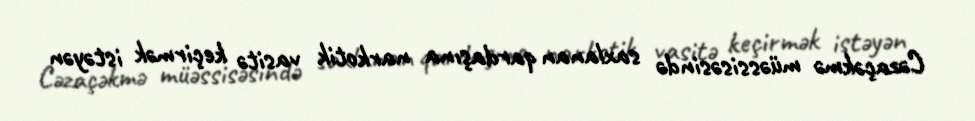
Cəzaçəkmə müəssisəsində saxlanan qardaşına narkotik vasitə keçirmək istəyən